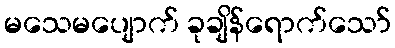
မသေမပျောက် ခုချိန်ရောက်သော်